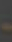
-